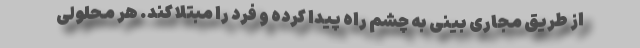
از طریق مجاری بینی به چشم راه پیدا کرده و فرد را مبتلا کند. هر محلولی